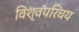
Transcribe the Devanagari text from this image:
विश्वपरिचय